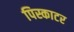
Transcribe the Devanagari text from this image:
पिस्काटर